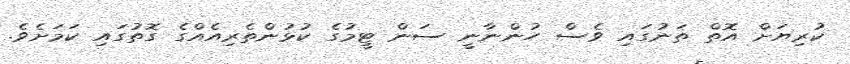
ކުރިޔަށް އޮތް ތަނުގައި ވެސް ހުންނާނީ ސަން ޓީމުގެ ކުޅުންތެރިއެއްގެ ގޮތުގައި ކަމަށެވެ.